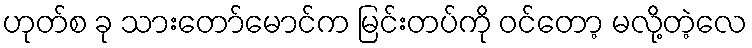
ဟုတ်စ ခု သားတော်မောင်က မြင်းတပ်ကို ဝင်တော့ မလို့တဲ့လေ